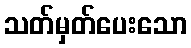
သတ်မှတ်ပေးသော